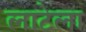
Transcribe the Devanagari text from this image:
लाटेला